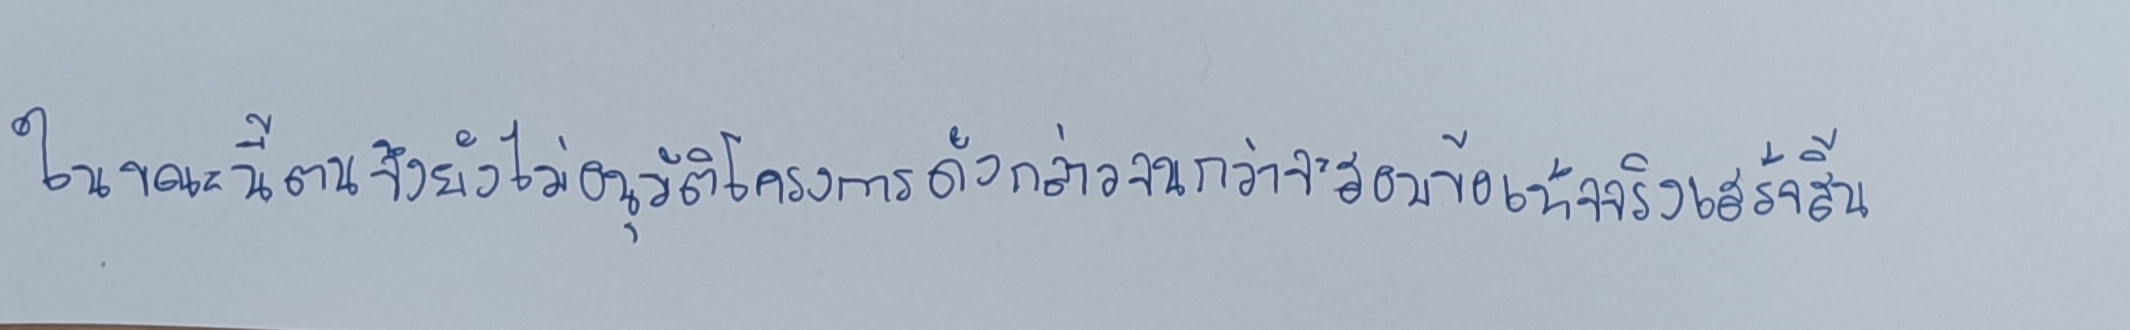
ในขณะนี้ตนจึงยังไม่อนุมัติโครงการดังกล่าวจนกว่าจะสอบข้อเท็จจริงเสร็จสิ้น